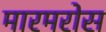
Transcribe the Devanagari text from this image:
मारमरोस